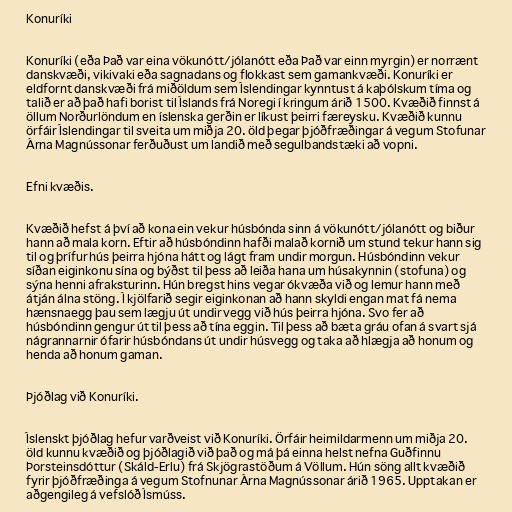
Konuríki

Konuríki (eða Það var eina vökunótt/jólanótt eða Það var einn myrgin) er norrænt
danskvæði, vikivaki eða sagnadans og flokkast sem gamankvæði. Konuríki er
eldfornt danskvæði frá miðöldum sem Íslendingar kynntust á kaþólskum tíma og
talið er að það hafi borist til Íslands frá Noregi í kringum árið 1500. Kvæðið finnst á
öllum Norðurlöndum en íslenska gerðin er líkust þeirri færeysku. Kvæðið kunnu
örfáir Íslendingar til sveita um miðja 20. öld þegar þjóðfræðingar á vegum Stofunar
Árna Magnússonar ferðuðust um landið með segulbandstæki að vopni.

Efni kvæðis.

Kvæðið hefst á því að kona ein vekur húsbónda sinn á vökunótt/jólanótt og biður
hann að mala korn. Eftir að húsbóndinn hafði malað kornið um stund tekur hann sig
til og þrífur hús þeirra hjóna hátt og lágt fram undir morgun. Húsbóndinn vekur
síðan eiginkonu sína og býðst til þess að leiða hana um húsakynnin (stofuna) og
sýna henni afraksturinn. Hún bregst hins vegar ókvæða við og lemur hann með
átján álna stöng. Í kjölfarið segir eiginkonan að hann skyldi engan mat fá nema
hænsnaegg þau sem lægju út undir vegg við hús þeirra hjóna. Svo fer að
húsbóndinn gengur út til þess að tína eggin. Til þess að bæta gráu ofan á svart sjá
nágrannarnir ófarir húsbóndans út undir húsvegg og taka að hlægja að honum og
henda að honum gaman.

Þjóðlag við Konuríki.

Íslenskt þjóðlag hefur varðveist við Konuríki. Örfáir heimildarmenn um miðja 20.
öld kunnu kvæðið og þjóðlagið við það og má þá einna helst nefna Guðfinnu
Þorsteinsdóttur (Skáld-Erlu) frá Skjögrastöðum á Völlum. Hún söng allt kvæðið
fyrir þjóðfræðinga á vegum Stofnunar Árna Magnússonar árið 1965. Upptakan er
aðgengileg á vefslóð Ísmúss.